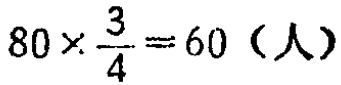
\(80\times\frac{3}{4}=60（人）\)